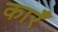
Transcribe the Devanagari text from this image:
कारँ